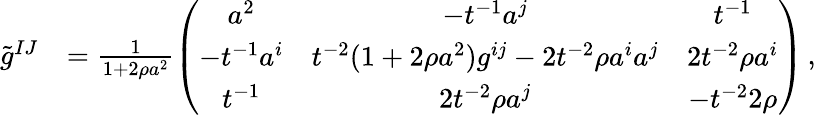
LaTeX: \begin{array}{rl}{\tilde{g}^{IJ}}&{=\frac{1}{1+2\rho a^{2}}\left(\begin{array}{ccc}{a^{2}}&{-t^{-1}a^{j}}&{t^{-1}}\\ {-t^{-1}a^{i}}&{t^{-2}(1+2\rho a^{2})g^{ij}-2t^{-2}\rho a^{i}a^{j}}&{2t^{-2}\rho a^{i}}\\ {t^{-1}}&{2t^{-2}\rho a^{j}}&{-t^{-2}2\rho}\end{array}\right)\, ,}\end{array}